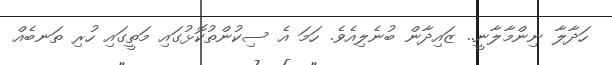
ހަދާލާ ނިންމާލާނީ.. ޒައިދާން ބުނެލިއެވެ. ހަމަ އެ ސިކުންތުކޮޅުގައި މަތީގައި ހުރި ތަނބެއް